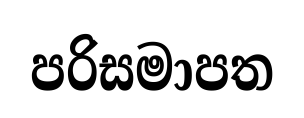
පරිසමාපත